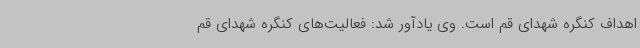
اهداف کنگره شهدای قم است. وی یادآور شد: فعالیت‌های کنگره شهدای قم